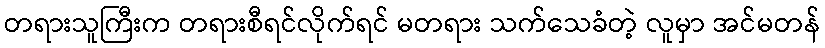
တရားသူကြီးက တရားစီရင်လိုက်ရင် မတရား သက်သေခံတဲ့ လူမှာ အင်မတန်